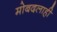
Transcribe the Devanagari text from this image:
मोबदलाही